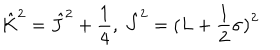
\hat { K } ^ { 2 } = \hat { J } ^ { 2 } + \frac 1 4 , \ \hat { J } ^ { 2 } = ( L + \frac 1 2 { \bf \sigma ) } ^ { 2 }